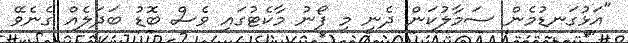
"އަޅުގަނޑުމެން ސަމާލުކަން ދެނީ މި ފޯނު މާކެޓުގައި ވެސް ބޮޑު ބަދަލެއް ގެނެވޭ